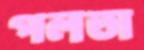
পলতা